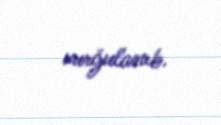
vurğulanıb.